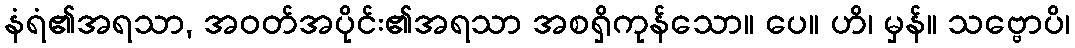
နံရံ၏အရသာ, အဝတ်အပိုင်း၏အရသာ အစရှိကုန်သော။ ပေ။ ဟိ၊ မှန်။ သဗ္ဗောပိ၊